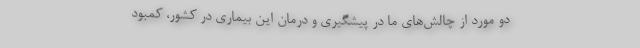
دو مورد از چالش‌‌های ما در پیشگیری و درمان این بیماری در کشور، کمبود